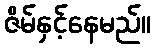
ဇိမ်နှင့်နေမည်။